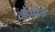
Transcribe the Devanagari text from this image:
कैमिले